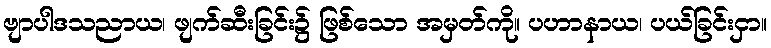
ဗျာပါဒသညာယ၊ ဖျက်ဆီးခြင်း၌ ဖြစ်သော အမှတ်ကို။ ပဟာနာယ၊ ပယ်ခြင်းငှာ။